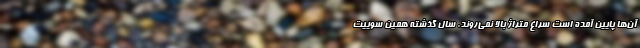
آن‌ها پایین آمده است سراغ متراژ بالا نمی‌روند. سال گذشته همین سوییت